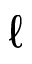
\ell